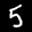
Label: 5